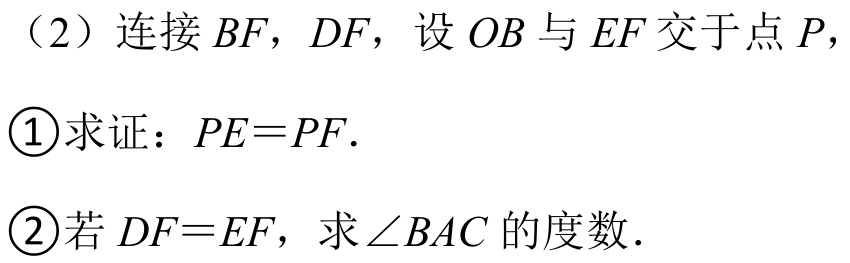
（2）连接\(BF\)，\(DF\)，设\(OB\)与\(EF\)交于点\(P\)，
\textcircled{1}求证：\(PE = PF\).
\textcircled{2}若\(DF = EF\)，求\(\angle BAC\)的度数.